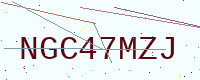
Text: NGC47MZJ